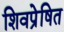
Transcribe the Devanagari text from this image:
शिवप्रेषित